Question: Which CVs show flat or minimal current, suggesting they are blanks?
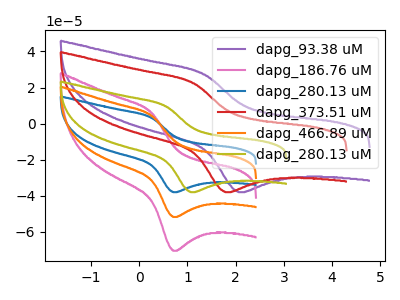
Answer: <think>The purple curve "dapg_93.38 uM" has an anodic peak at (1.35V, 27.25uA) and a cathodic peak at (2.05V, -37.95uA). The pink curve "dapg_186.76 uM" has an anodic peak at (0.25V, 8.85uA) and a cathodic peak at (0.70V, -103.40uA). The blue curve "dapg_280.13 uM" has an anodic peak at (0.25V, 3.25uA) and a cathodic peak at (0.70V, -37.95uA). The red curve "dapg_373.51 uM" has an anodic peak at (1.15V, 22.35uA) and a cathodic peak at (1.80V, -37.95uA). The orange curve "dapg_466.89 uM" has an anodic peak at (0.25V, 4.45uA) and a cathodic peak at (0.70V, -51.70uA). The olive curve "dapg_280.13 uM" has an anodic peak at (0.55V, 9.65uA) and a cathodic peak at (1.05V, -37.95uA).</think>
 <answer>There are not any CV's on this graph that are likely to be blanks.</answer>
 <eval>none</eval>